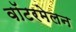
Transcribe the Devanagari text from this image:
वॉटरमेलन